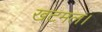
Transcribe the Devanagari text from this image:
खटमल।